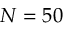
N = 5 0